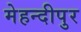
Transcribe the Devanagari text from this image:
मेहन्दीपुर